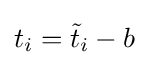
t_{i}={\tilde {t}}_{i}-b